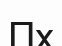
Пх